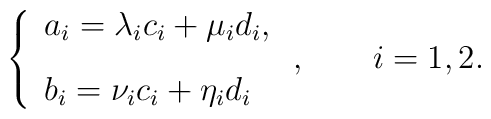
\left\{\begin{array}{l}a_{i} = \lambda_{i}c_{i} + \mu_{i}d_{i},\\\vspace{-2mm}\\b_{i} = \nu_{i}c_{i} + \eta_{i}d_{i}\end{array}\right. , \qquad i=1,2.